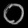
Digit: ၀